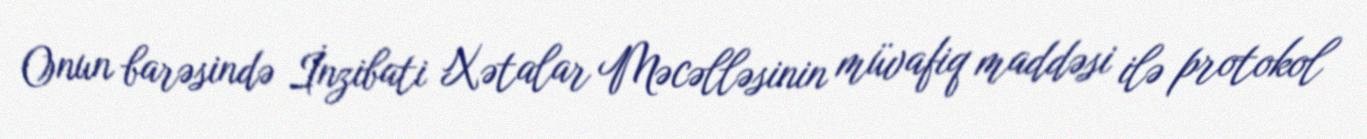
Onun barəsində İnzibati Xətalar Məcəlləsinin müvafiq maddəsi ilə protokol